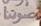
صوتنا